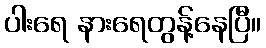
ပါးရေ နားရေတွန့်နေပြီ။